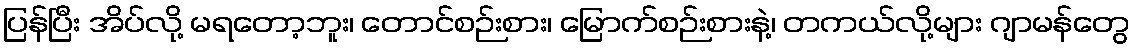
ပြန်ပြီး အိပ်လို့ မရတော့ဘူး၊ တောင်စဉ်းစား၊ မြောက်စဉ်းစားနဲ့၊ တကယ်လို့များ ဂျာမန်တွေ